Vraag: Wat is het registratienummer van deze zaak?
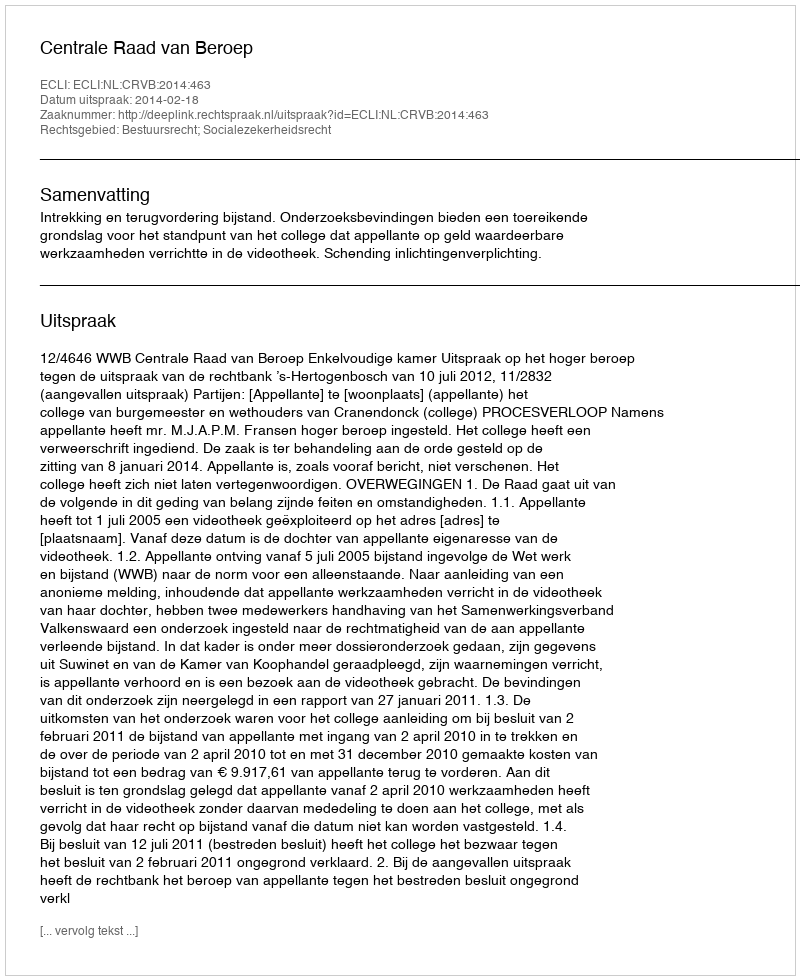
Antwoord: http://deeplink.rechtspraak.nl/uitspraak?id=ECLI:NL:CRVB:2014:463